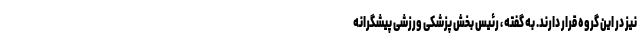
نیز در این گروه قرار دارند. به گفته ، رئیس بخش پزشکی ورزشی پیشگرانه